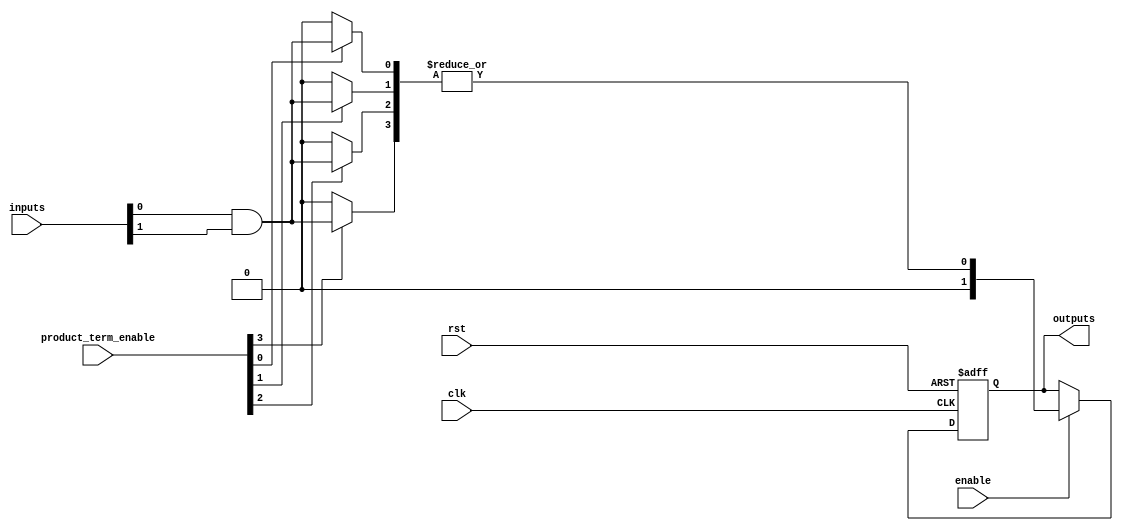
module RPAL #(
    parameter NUM_INPUTS = 4,        // Number of input signals
    parameter NUM_AND_TERMS = 4,     // Maximum number of product terms
    parameter NUM_OUTPUTS = 2         // Number of output signals
) (
    input wire clk,                   // Clock signal
    input wire rst,                   // Reset signal
    input wire [NUM_INPUTS-1:0] inputs, // Input signals
    input wire [NUM_AND_TERMS-1:0] product_term_enable, // Control for AND terms
    input wire enable,                // Register enable signal
    output reg [NUM_OUTPUTS-1:0] outputs // Registered outputs
);

// Programmable AND array
wire [NUM_AND_TERMS-1:0] and_terms;

genvar i, j;
generate
    for (i = 0; i < NUM_AND_TERMS; i = i + 1) begin : and_array
        assign and_terms[i] = (product_term_enable[i]) ? (inputs[0] & inputs[1]) : 1'b0; // Sample fixed AND term; extend as necessary
        // Add additional superposition based on programmable connectivity as needed.
    end
endgenerate

// OR array (Fixed)
wire or_output;
assign or_output = |and_terms; // Logical OR of all product terms from AND array

// Register to store the output
always @(posedge clk or posedge rst) begin
    if (rst) begin
        outputs <= 0; // Reset output
    end else if (enable) begin
        outputs <= or_output; // Latch output
    end
end

endmodule